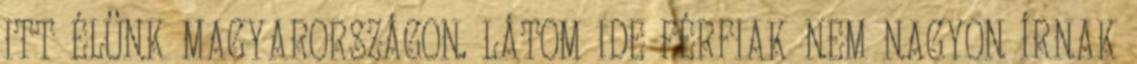
ITT ÉLÜNK MAGYARORSZÁGON. LÁTOM IDE FÉRFIAK NEM NAGYON ÍRNAK